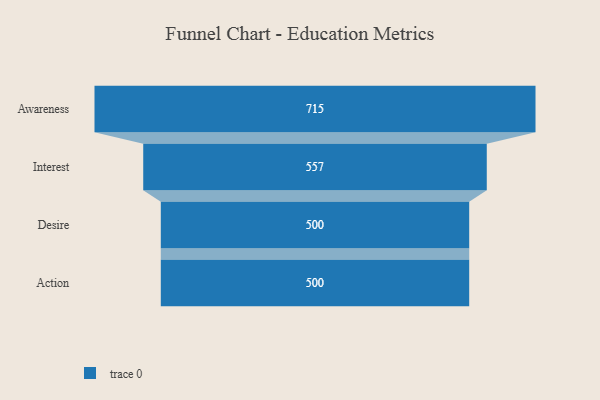
{"axis": {"x": "Stage", "y": "Value"}, "legend": [""], "data": [{"x": "Awareness", "y": 715.0, "type": ""}, {"x": "Interest", "y": 557.0, "type": ""}, {"x": "Desire", "y": 500, "type": ""}, {"x": "Action", "y": 500, "type": ""}]}